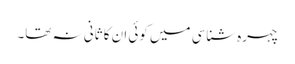
چہرہ شناسی میں کوئی ان کا ثانی نہ تھا۔